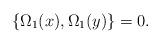
LaTeX: \begin{align*}\lbrace\Omega _1(x),\Omega _1(y)\rbrace = 0.\end{align*}